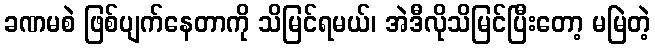
ခဏမစဲ ဖြစ်ပျက်နေတာကို သိမြင်ရမယ်၊ အဲဒီလိုသိမြင်ပြီးတော့ မမြဲတဲ့